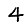
Digit: 4